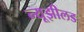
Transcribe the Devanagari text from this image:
न्यूझीलड